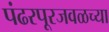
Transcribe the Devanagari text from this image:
पंढरपूरजवळच्या